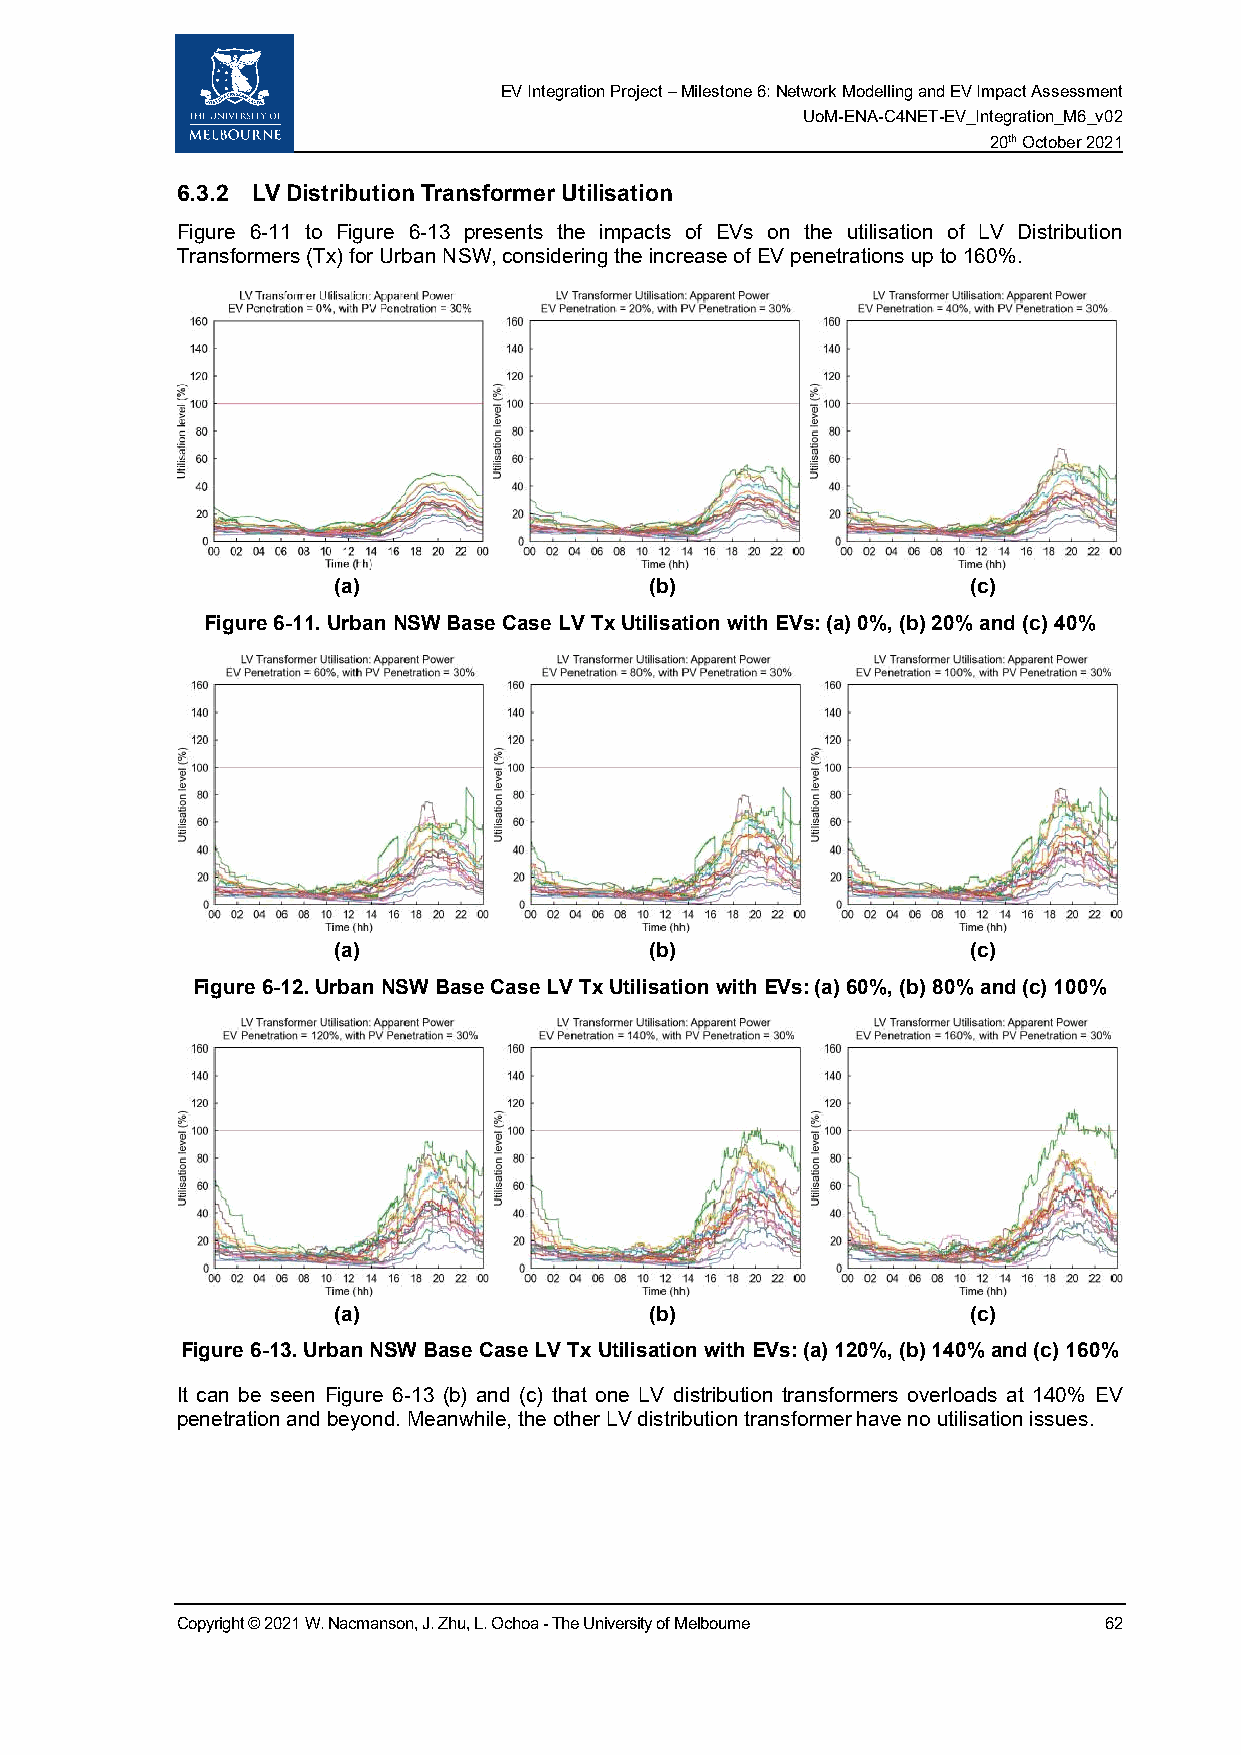
EV Integration Project – Milestone 6: Network Modelling and EV Impact Assessment
 UoM-ENA-C4NET-EV_Integration_M6_v02
 20th October 2021
 6.3.2 LV Distribution Transformer Utilisation
 Figure 6-11 to Figure 6-13 presents the impacts of EVs on the utilisation of LV Distribution
 Transformers (Tx) for Urban NSW, considering the increase of EV penetrations up to 160%.
 (a)                  (b)                  (c)
 Figure 6-11. Urban NSW Base Case LV Tx Utilisation with EVs: (a) 0%, (b) 20% and (c) 40%
 (a)                  (b)                  (c)
 Figure 6-12. Urban NSW Base Case LV Tx Utilisation with EVs: (a) 60%, (b) 80% and (c) 100%
 (a)                  (b)                  (c)
 Figure 6-13. Urban NSW Base Case LV Tx Utilisation with EVs: (a) 120%, (b) 140% and (c) 160%
 It can be seen Figure 6-13 (b) and (c) that one LV distribution transformers overloads at 140% EV
 penetration and beyond. Meanwhile, the other LV distribution transformer have no utilisation issues.
 Copyright © 2021 W. Nacmanson, J. Zhu, L. Ochoa - The University of Melbourne 62